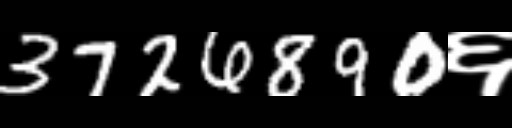
Text: 3726890६